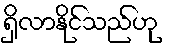
ရှိလာနိုင်သည်ဟု